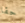
حقا